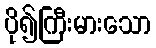
ပို၍ကြီးမားသော